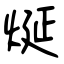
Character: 烻